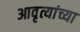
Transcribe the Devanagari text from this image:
आवृत्यांच्या